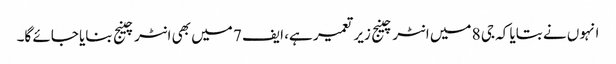
انہوں نے بتایا کہ جی 8 میں انٹرچینج زیر تعمیر ہے، ایف 7 میں بھی انٹرچینج بنایا جائے گا۔